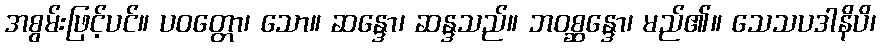
အစွမ်းဖြင့်ပင်။ ပဝတ္တော၊ သော။ ဆန္ဒော၊ ဆန္ဒသည်။ ဘဝစ္ဆန္ဒော၊ မည်၏။ သေသပဒါနိပိ၊